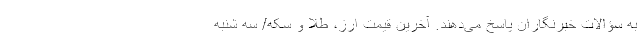
به سؤالات خبرنگاران پاسخ می‌دهند. آخرین قیمت ارز، طلا و سکه/ سه شنبه